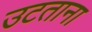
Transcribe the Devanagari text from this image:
उटताना